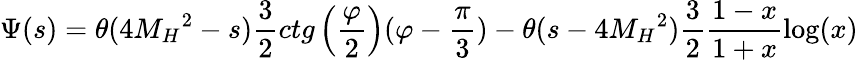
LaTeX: \Psi(s)=\theta(4{M_{H}}^{2}-s)\frac{3}{2}ctg\left(\frac{\varphi}{2}\right)(\varphi-\frac{\pi}{3})-\theta(s-4{M_{H}}^{2})\frac{3}{2}\frac{1-x}{1+x}\log(x)